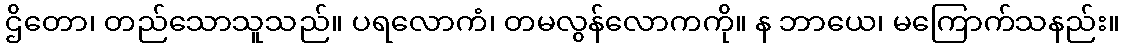
ဌိတော၊ တည်သောသူသည်။ ပရလောကံ၊ တမလွန်လောကကို။ န ဘာယေ၊ မကြောက်သနည်း။